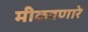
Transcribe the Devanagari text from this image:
मीळवणारे